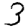
Digit: 3